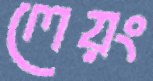
লেয়ং